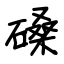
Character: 磉